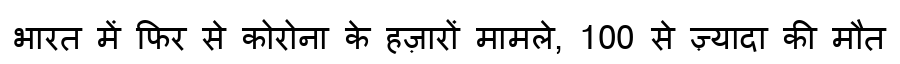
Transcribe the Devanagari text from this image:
भारत में फिर से कोरोना के हज़ारों मामले, 100 से ज़्यादा की मौत